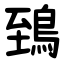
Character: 鵄